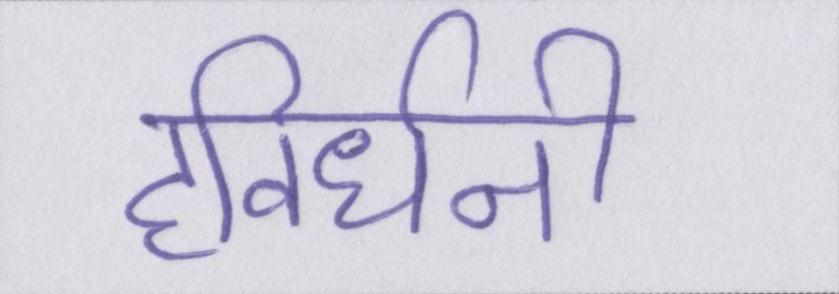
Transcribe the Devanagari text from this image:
हविर्धनी